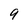
Character: 9